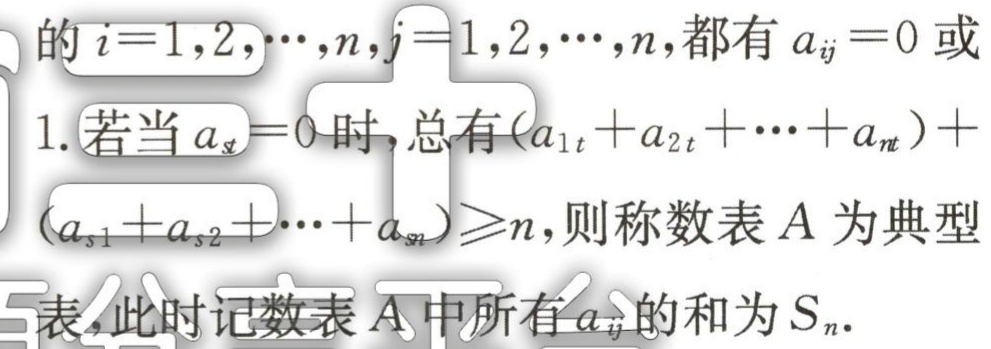
的 \(i = 1,2,\cdots,n,j = 1,2,\cdots,n\),都有 \(a_{ij}=0\) 或
1. 若当 \(a_{st}=0\) 时, 总有\((a_{1t}+a_{2t}+\cdots +a_{nt})+\\(a_{s1}+a_{s2}+\cdots +a_{sn})\geqslant n\),则称数表 \(A\) 为典型
表,此时记数表 \(A\) 中所有 \(a_{ij}\) 的和为 \(S_{n}\).